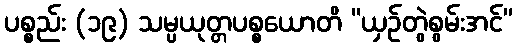
ပစ္စည်း (၁၉) သမ္ပယုတ္တပစ္စယောတိ “ယှဉ်တွဲစွမ်းအင်”